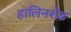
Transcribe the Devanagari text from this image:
हालिनशेड